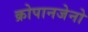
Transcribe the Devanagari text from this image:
क्रोपानजेनो